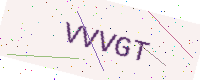
Text: VVVGT